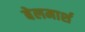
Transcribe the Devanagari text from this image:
बेलमार्श